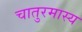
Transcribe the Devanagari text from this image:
चातुरमास्य